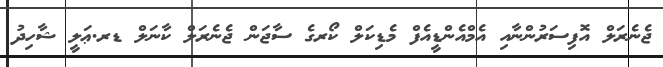
ޖެނެރަލް އޮފިސަރުންނާއި އެމްއެންޑީއެފް މެޑިކަލް ކޯރގެ ސާޖަން ޖެނެރަލް ކާނަލް ޑރ.ޢަލީ ޝާހިދު